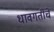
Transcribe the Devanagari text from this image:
धावगतीचे